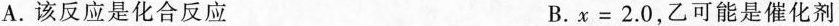
A.该反应是化合反应 B.$$x = 2 . 0$$，乙可能是催化剂